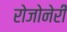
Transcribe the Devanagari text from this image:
रोजोनेरी